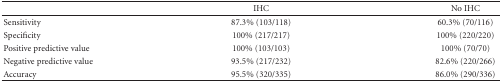
|  | IHC | No IHC |
 | --- | --- | --- |
 | Sensitivity | 87.3% (103/118) | 60.3% (70/116) |
 | Specificity | 100% (217/217) | 100% (220/220) |
 | Positive predictive value | 100% (103/103) | 100% (70/70) |
 | Negative predictive value | 93.5% (217/232) | 82.6% (220/266) |
 | Accuracy | 95.5% (320/335) | 86.0% (290/336) |